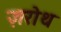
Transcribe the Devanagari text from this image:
ज़रोथ